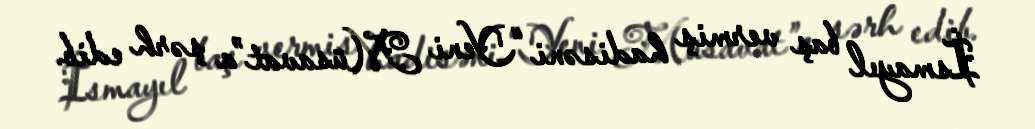
İsmayıl baş vermiş hadisəni “Yeni Müsavat”a şərh edib.